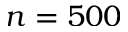
n = 5 0 0